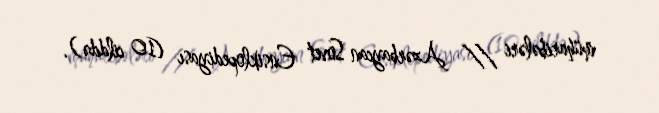
müharibələri // Azərbaycan Sovet Ensiklopediyası (10 cilddə).